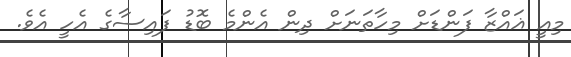
މިއީ ޣައްޒާ ފަންޑަށް މިހާތަނަށް ދިން އެންމެ ބޮޑު ފައިސާގެ އެހީ އެވެ.